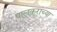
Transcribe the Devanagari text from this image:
पालकरांच्या